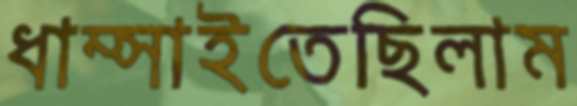
ধাম্‌সাইতেছিলাম